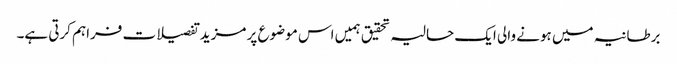
برطانیہ میں ہونے والی ایک حالیہ تحقیق ہمیں اس موضوع پر مزید تفصیلات فراہم کرتی ہے۔